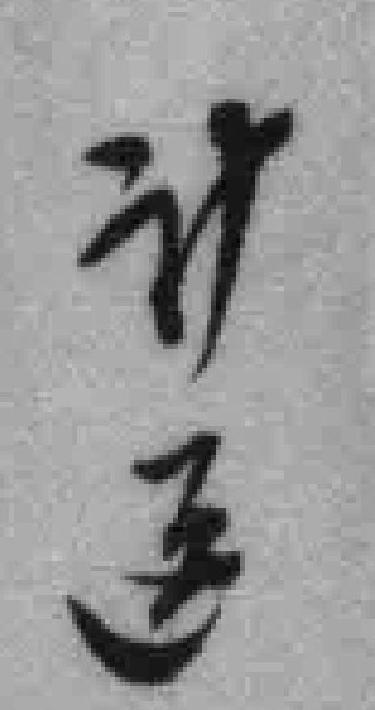
计送